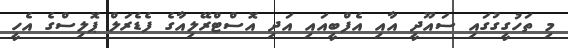
މި ތަހުގީގުގައި ސައޫދީ އާއި އެފްބީއައި އަދި އޮސްޓްރޭލިއާގެ ފެޑެރަލް ޕޮލިސްގެ އެހީ